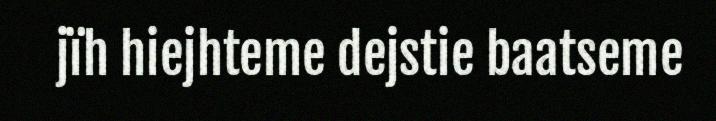
jïh hiejhteme dejstie baatseme